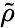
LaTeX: \tilde{\rho}